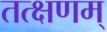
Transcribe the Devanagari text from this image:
तत्क्षणम्